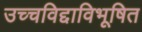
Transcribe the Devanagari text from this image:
उच्चविद्दाविभूषित